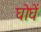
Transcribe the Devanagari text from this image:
घोघें